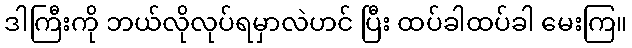
ဒါကြီးကို ဘယ်လိုလုပ်ရမှာလဲဟင် ပြီး ထပ်ခါထပ်ခါ မေးကြ။